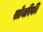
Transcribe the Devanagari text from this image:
सोयरिकी